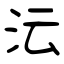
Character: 沄